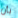
بأن